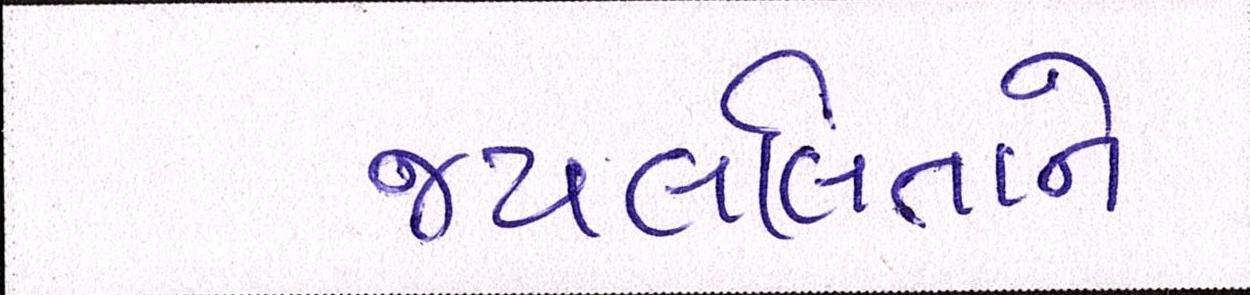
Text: જયલલિતાને